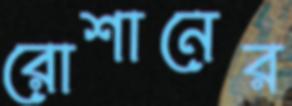
রোশানের